Insane asylums in Bengal annual reports 1867-1875 - 1867-1875
Year: 1867
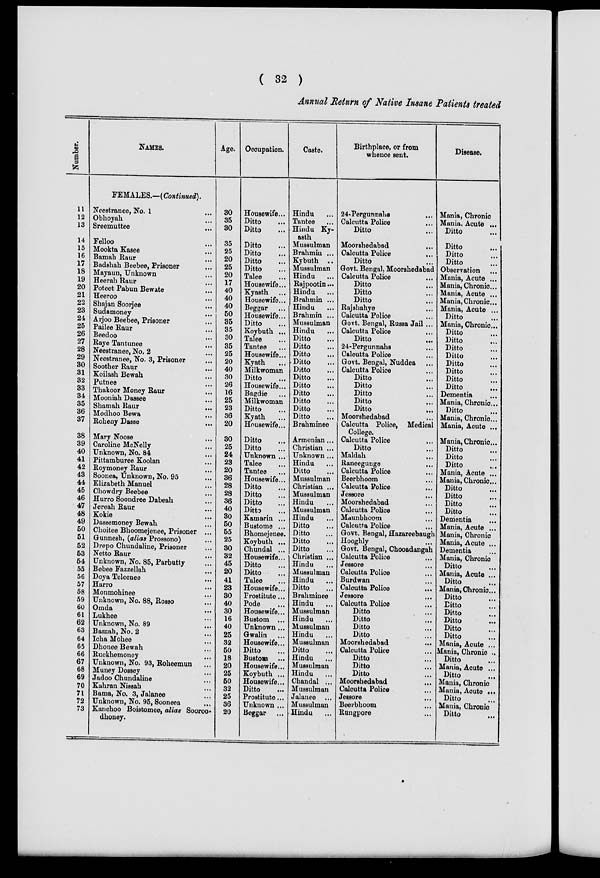
( 32 )
Annual Return of Native Insane Patients treated
Number.
11
12
13
14
15
16
17
18
19
20
21
22
23
24
25
26
27
28
29
30
31
32
33
34
35
36
37
38
39
40
41
42
43
44
45
46
47
48
49
50
51
52
53
54
55
56
57
58
59
60
61
62
63
64
65
66
67
68
69
70
71
72
73
NAMES.
FEMALES.—(Continued).
Neestranee, No. 1 ...
Obhoyah ...
Sreemuttee ...
Felloo ...
Mookta Kasee ...
Bamah Raur ...
Badshah Beebee, Prisoner ...
Mayaun, Unknown ...
Heerah Raur ...
Poteet Pabun Bewate ...
Heeroo ...
Shajan Soorjee ...
Sudamoney ...
Arjoo Beebee, Prisoner ...
Pailee Raur ...
Beedoo ...
Raye Tantunee ...
Neestranee, No. 2 ...
Neestranee, No. 3, Prisoner ...
Soother Raur ...
Koilash Bewah ...
Putnee ...
Thakoor Money Raur ...
Mooniah Dassee ...
Shamah Raur
...
Modhoo Bewa ...
Roheny Dasse
...
Mary Noose ...
Caroline McNelly ...
Unknown, No. 84 ...
Pittamburee Koolan ...
Roymoney Raur ...
Soonea, Unknown, No. 95 ...
Elizabeth Manuel ...
Chowdry Beebee ...
Hurro Soondree Dabeah ...
Jereah Raur ...
Kokie ...
Dassemoney Bewah ...
Choitee Bboomejenee, Prisoner ...
Gunnesh, (alias Prossono) ...
Drepo Chundaline, Prisoner ...
Netto Raur ...
Unknown, No. 85, Parbutty ...
Bebee Fazzellah ...
DoyaTeleenee ...
Harro ...
Monmohinee ...
Unknown, No. 88, Rosso ...
Omda ...
Lukhee ...
Unknown, No. 89 ...
Bamah, No. 2 ...
Icha Mohee ...
Dhonee Bewah ...
Ruckhemoney ...
Unknown, No. 93, Roheemun ...
Muney Dossey ...
Jadoo Chundaline ...
Kahran Nissab ...
Bama, No. 3, Jalanee ...
Unknown, No. 95, Sooneea ...
Kanchoo Boistomee, alias Sooroo-
dhoney.
Age.
30
35
30
35
25
20
25
20
17
40
40
40
50
35
35
30
35
25
20
40
30
26
16
25
23
36
20
30
25
24
23
20
36
28
28
36
40
30
50
55
25
30
32
45
20
41
23
30
40
30
16
40
25
32
50
18
20
25
50
32
25
36
20
Occupation.
Housewife...
Ditto ...
Ditto ...
Ditto ...
Ditto ...
Ditto ...
Ditto ...
Talee ...
Housewife...
Kyasth ...
Housewife...
Beggar ...
Housewife...
Ditto ...
Koybuth ...
Talee ...
Tantee ...
Housewife...
Kyath ...
Milkwoman
Ditto ...
Housewife...
Bagdie ...
Milkwoman
Ditto ...
Kyath ...
Housewife...
Ditto ...
Ditto ...
Unknown ...
Talee ...
Tantee ...
Housewife...
Ditto ...
Ditto ...
Ditto ...
Ditto ...
Kamarin ...
Bustome ...
Bhomejenee.
Koybuth ...
Chundal ...
Housewife...
Ditto ...
Ditto ...
Talee ...
Housewife...
Prostitute...
Pode ...
Housewife...
Bustom ...
Unknown ...
Gwalin ...
Housewife...
Ditto ...
Bustom ...
Housewife...
Koybuth ...
Housewife...
Ditto ...
Prostitute...
Unknown ...
Beggar ...
Caste.
Hindu ...
Tantee ...
Hindu Ky-
asth
Mussulman
Brahmin ...
Kybuth ..
Mussulman
Hindu ...
Rajpootin...
Hindu ...
Brahmin ...
Hindu ...
Brahmin ...
Mussulman
Hindu ...
Ditto ...
Ditto ...
Ditto ...
Ditto ...
Ditto ...
Ditto ...
Ditto ...
Ditto ...
Ditto ...
Ditto ...
Ditto ...
Brahminee.
Armenian...
Christian ...
Unknown ...
Hindu ...
Ditto ...
Mussulman
Christian ...
Mussulman
Hindu ...
Mussulman
Hindu ...
Ditto ...
Ditto ...
Ditto ...
Ditto ...
Christian ...
Hindu ...
Mussulman
Hindu ...
Ditto ...
Brahminee
Hindu ...
Mussulman
Hindu ...
Mussulman
Hindu ...
Mussulman
Ditto ...
Hindu ...
Mussulman
Hindu ...
Chandal ...
Mussulman
Jalanee ...
Mussulman
Hindu ...
Birthplace, or from
whence sent.
24-Pergunnahs ...
Calcutta Police ...
Ditto ...
Moorshedabad ...
Calcutta Police ...
Ditto ...
Govt. Bengal, Moorshedabad
Calcutta Police ...
Ditto ...
Ditto ...
Ditto ...
Rajshahye ...
Calcutta Police ...
Govt. Bengal, Russa Jail ...
Calcutta Police ...
Ditto
...
24-Pergunnahs ...
Calcutta Police ...
Govt. Bengal, Nuddea
Calcutta Police ...
Ditto ...
Ditto ...
Ditto ...
Ditto ...
Ditto ...
Moorshedabad ...
Calcutta Police, Medical
College. ...
Calcutta Police ...
Ditto ...
Maldah ...
Raneegunge ...
Calcutta Police ...
Beerbhoom ...
Calcutta Police ...
Jessore
...
Moorshedabad
...
Calcutta Police ...
Maunbhoom ...
Calcutta Police ...
Govt. Bengal, Hazareebaugh
Hooghly
Govt. Bengal, Chooadangah
Calcutta Police ...
Jessore ...
Calcutta Police ...
Burdwan ...
Calcutta Police ...
Jessore ...
Calcutta Police ...
Ditto ...
Ditto ...
Ditto ...
Ditto ...
Moorshedabad ...
Calcutta Police ...
Ditto ...
Ditto ...
Ditto ...
Moorshedabad ...
Calcutta Police ...
Jessore ...
Beerbhoom ...
Rungpore ...
Disease.
Mania, Chronic
Mania, Acute ...
Ditto
...
Ditto ...
Ditto ...
Ditto ...
Observation ...
Mania, Acute ...
Mania, Chronic...
Mania, Acute ...
Mania, Chronic...
Mania, Acute ...
Ditto ...
Mania, Chronic...
Ditto ...
Ditto ...
Ditto ...
Ditto ...
Ditto ...
Ditto ...
Ditto ...
Ditto
...
Dementia ...
Mania, Chronic...
Ditto ...
Mania, Chronic...
Mania, Acute ...
Mania, Chronic...
Ditto ...
Ditto ...
Ditto ...
Mania, Acute ...
Mania, Chronic...
Ditto ...
Ditto ...
Ditto ...
Ditto ...
Dementia ...
Mania, Acute ...
Mania, Chronic
Mania, Acute ...
Dementia ...
Mania, Chronic
Ditto...
Mania, Acute ...
Ditto ...
Mania, Chronic...
Ditto ...
Ditto ...
Ditto ...
Ditto ...
Ditto ...
Ditto ...
Mania, Acute ...
Mania, Chronic ..
Ditto ...
Mania, Acute ...
Ditto ...
Mania, Chronic
Mania, Acute ...
Ditto ...
Mania, Chronic
Ditto ...